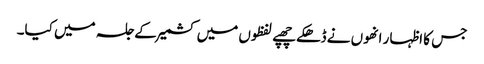
جس کا اظہار انھوں نے ڈھکے چھپے لفظوں میں کشمیر کے جلسہ میں کیا۔